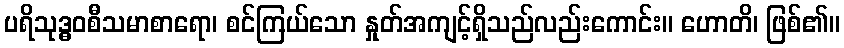
ပရိသုဒ္ဓဝစီသမာစာရော၊ စင်ကြယ်သော နှုတ်အကျင့်ရှိသည်လည်းကောင်း။ ဟောတိ၊ ဖြစ်၏။